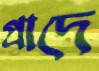
প্রাদে